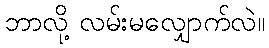
ဘာလို့ လမ်းမလျှောက်လဲ။